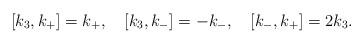
LaTeX: \begin{align*}[k_3, k_+]=k_+, \quad [k_3, k_-]=-k_-, \quad [k_-, k_+]=2k_3.\end{align*}